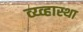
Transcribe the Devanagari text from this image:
व्य्व्हास्था